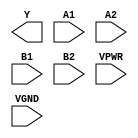
module sky130_fd_sc_hs__o22ai (
    Y   ,
    A1  ,
    A2  ,
    B1  ,
    B2  ,
    VPWR,
    VGND
);

    output Y   ;
    input  A1  ;
    input  A2  ;
    input  B1  ;
    input  B2  ;
    input  VPWR;
    input  VGND;
endmodule